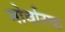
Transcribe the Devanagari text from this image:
नोर्वास्क